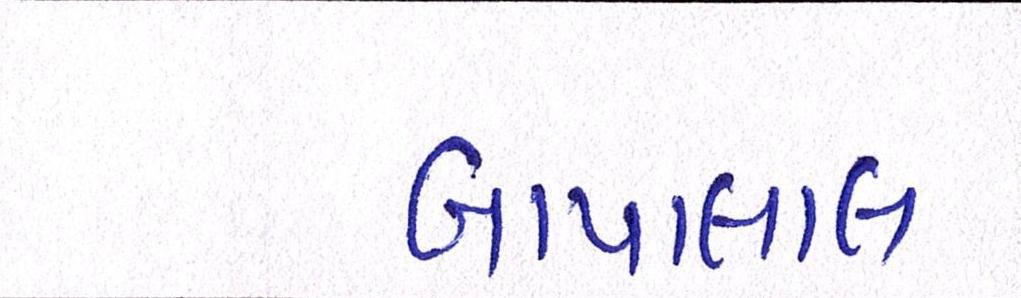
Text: બાપાલાલ